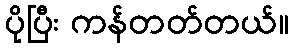
ပိုပြီး ကန်တတ်တယ်။